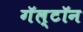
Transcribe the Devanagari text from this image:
गॅल्टॉन